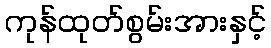
ကုန်ထုတ်စွမ်းအားနှင့်